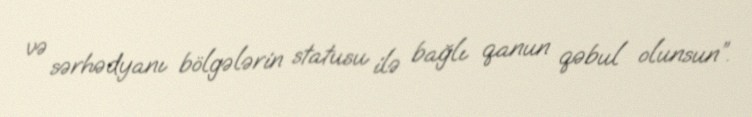
və sərhədyanı bölgələrin statusu ilə bağlı qanun qəbul olunsun”.